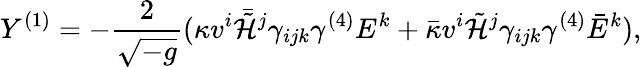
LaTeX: Y^{(1)}=-\frac{2}{\sqrt{-g}}(\kappa v^{i}\bar{\tilde{\cal H}}^{j}\gamma_{ijk}\gamma^{(4)}E^{k}+\bar{\kappa}v^{i}\tilde{\cal H}^{j}\gamma_{ijk}\gamma^{(4)}\bar{E}^{k}),